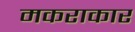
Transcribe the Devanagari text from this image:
मकराकार